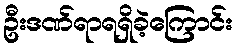
ဦးဒဏ်ရာရရှိခဲ့ကြောင်း